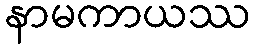
နာမကာယဿ